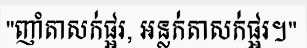
"ញាំតាសក់ផ្អរ, អន្លក់តាសក់ផ្អរ។"